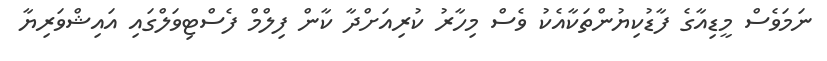
ނަމަވެސް މީޑިއާގެ ފާޑުކިޔުންތަކާއެކު ވެސް މިހާރު ކުރިއަށްދާ ކާން ފިލްމް ފެސްޓިވަލްގައި އައިޝްވަރިޔާ